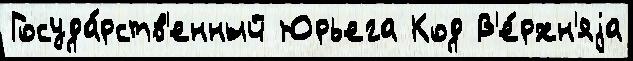
Госуда́рств'енный Юрьега Код В'е́рхн'яjа